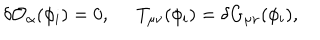
LaTeX: \delta { \cal O } _ { \alpha } ( \phi _ { i } ) = 0 , \; \; T _ { \mu \nu } ( \phi _ { i } ) = \delta G _ { \mu \nu } ( \phi _ { i } ) ,